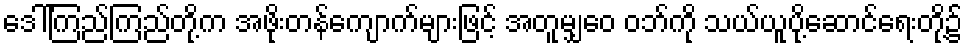
ဒေါ်ကြည်ကြည်တို့က အဖိုးတန်ကျောက်များဖြင့် အတူမျှဝေ ဝဘ်ကို သယ်ယူပို့ဆောင်ရေးတို့၌